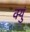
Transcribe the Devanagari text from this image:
क्युं